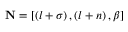
\mathbf { N } = \left[ \left( l + \sigma \right) , \left( l + n \right) , \beta \right]